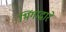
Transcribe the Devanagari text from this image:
भिंगाद्वारे